Annual administration report of the Civil Veterinary Department of India - 1898-1899
Year: 1898
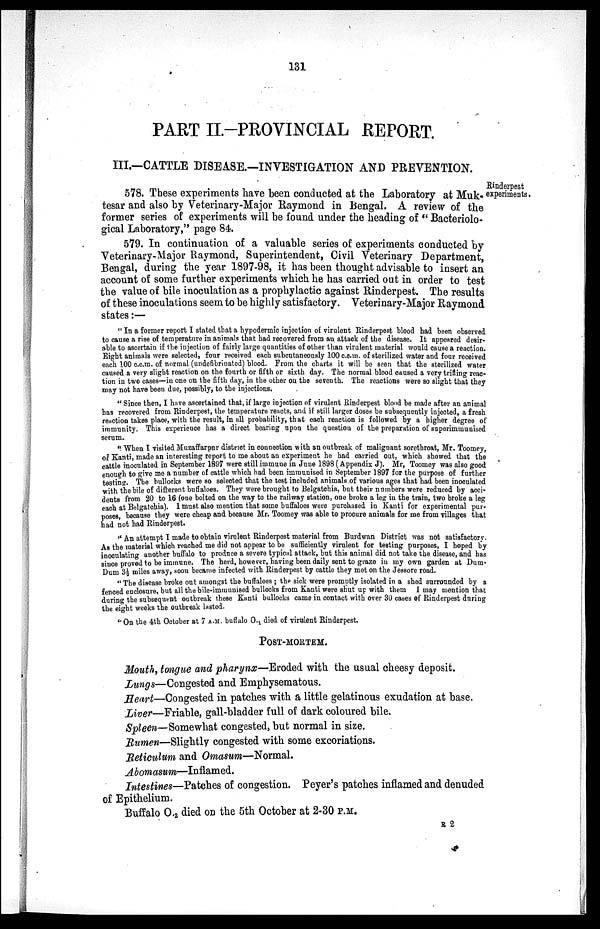
131
PART II.-PROVINCIAL REPORT.
III.—CATTLE DISEASE.—INVESTIGATION AND PREVENTION.
Rinderpest
experiments.
578. These experiments have been conducted at the Laboratory at Muk-
tesar and also by Veterinary-Major Raymond in Bengal. A review of the
former series of experiments will be found under the heading of " Bacteriolo-
gical Laboratory," page 84.
579. In continuation of a valuable series of experiments conducted by
Veterinary-Major Raymond, Superintendent, Civil Veterinary Department,
Bengal, during the year 1897-98, it has been thought advisable to insert an
account of some further experiments which he has carried out in order to test
the value of bile inoculation as a prophylactic against Rinderpest. The results
of these inoculations seem to be highly satisfactory. Veterinary-Major Raymond
states:—
"In a former report I stated that a hypodermic injection of virulent Rinderpest blood had been observed
to cause a rise of temperature in animals that had recovered from an attack of the disease. It appeared desir-
able to ascertain if the injection of fairly large quantities of other than virulent material would cause a reaction.
Eight animals were selected, four received each subcutaneously 100 c.c.m. of sterilized water and four received
each 100 c.c.m. of normal (undefibrinated) blood. From the charts it will be seen that the sterilized water
caused a very slight reaction on the fourth or fifth or sixth day. The normal blood caused a very trifling reac-
tion in two cases—in one on the fifth day, in the other on the seventh. The reactions were so slight that they
may not have been due, possibly, to the injections.
"Since then, I have ascertained that, if large injection of virulent Rinderpest blood be made after an animal
has recovered from Rinderpest, the temperature reacts, and if still larger doses be subsequently injected, a fresh
reaction takes place, with the result, in all probability, that each reaction is followed by a higher degree of
immunity. This experience has a direct bearing upon the question of the preparation of superimmunised
serum.
"When I visited Muzaffarpur district in connection with an outbreak of malignant sorethroat, Mr. Toomey,
of Kanti, made an interesting report to me about an experiment he had carried out, which showed that the
cattle inoculated in September 1897 were still immune in June 1898 (Appendix J). Mr, Toomey was also good
enough to give me a number of cattle which had been immunised in September 1897 for the purpose of further
testing. The bullocks were so selected that the test included animals of various ages that had been inoculated
with the bile of different buffaloes. They were brought to Belgatchia, but their numbers were reduced by acci-
dents from 20 to 16 (one bolted on the way to the railway station, one broke a leg in the train, two broke a leg
each at Belgatchia). I must also mention that some buffaloes were purchased in Kanti for experimental pur-
poses, because they were cheap and because Mr. Toomey was able to procure animals for me from villages that
had not had Rinderpest.
"An attempt I made to obtain virulent Rinderpest material from Burdwan District was not satisfactory.
As the material which reached me did not appear to be sufficiently virulent for testing purposes, I hoped by
inoculating another buffalo to produce a severe typical attack, but this animal did not take the disease, and has
since proved to be immune. The herd, however, having been daily sent to graze in my own garden at Dum-
Dum 3½ miles away, soon became infected with Rinderpest by cattle they mot on the Jessore road.
"The disease broke out amongst the buffaloes ; the sick were promptly isolated in a shed surrounded by a
fenced enclosure, but all the bile-immunised bullocks from Kanti were shut up with them I may mention that
during the subsequent outbreak these Kanti bullocks came in contact with over 30 cases of Rinderpest during
the eight weeks the outbreak lasted.
"On the 4th October at 7 A.M. buffalo 0. 1 died of virulent Rinderpest.
POST-MORTEM.
Mouth, tongue and pharynx—Eroded with the usual cheesy deposit.
Lungs—Congested and Emphysematous.
Heart—Congested in patches with a little gelatinous exudation at base.
Liver—Friable, gall-bladder full of dark coloured bile.
Spleen— Somewhat congested, but normal in size.
Rumen—Slightly congested with some excoriations.
Reticulum and Omasum—Normal.
Abomasum—Inflamed.
Intestines—Patches of congestion. Peyer's patches inflamed and denuded
of Epithelium.
Buffalo 0. 2 died on the 5th October at 2-30 P.M.
R 2